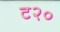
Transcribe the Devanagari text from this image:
ट२०